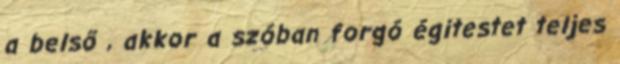
a belső , akkor a szóban forgó égitestet teljes